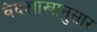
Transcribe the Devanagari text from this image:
वेदशाखानुसार